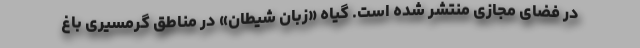
در فضای مجازی منتشر شده است. گیاه «زبان شیطان» در مناطق گرمسیری باغ